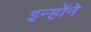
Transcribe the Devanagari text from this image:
इन्होेंने